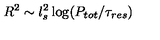
R ^ { 2 } \sim l _ { s } ^ { 2 } \log ( P _ { t o t } / \tau _ { r e s } )